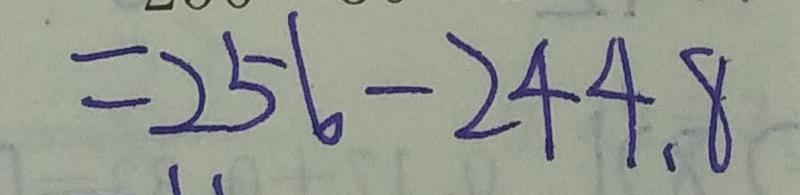
= 2 5 6 - 2 4 4 . 8